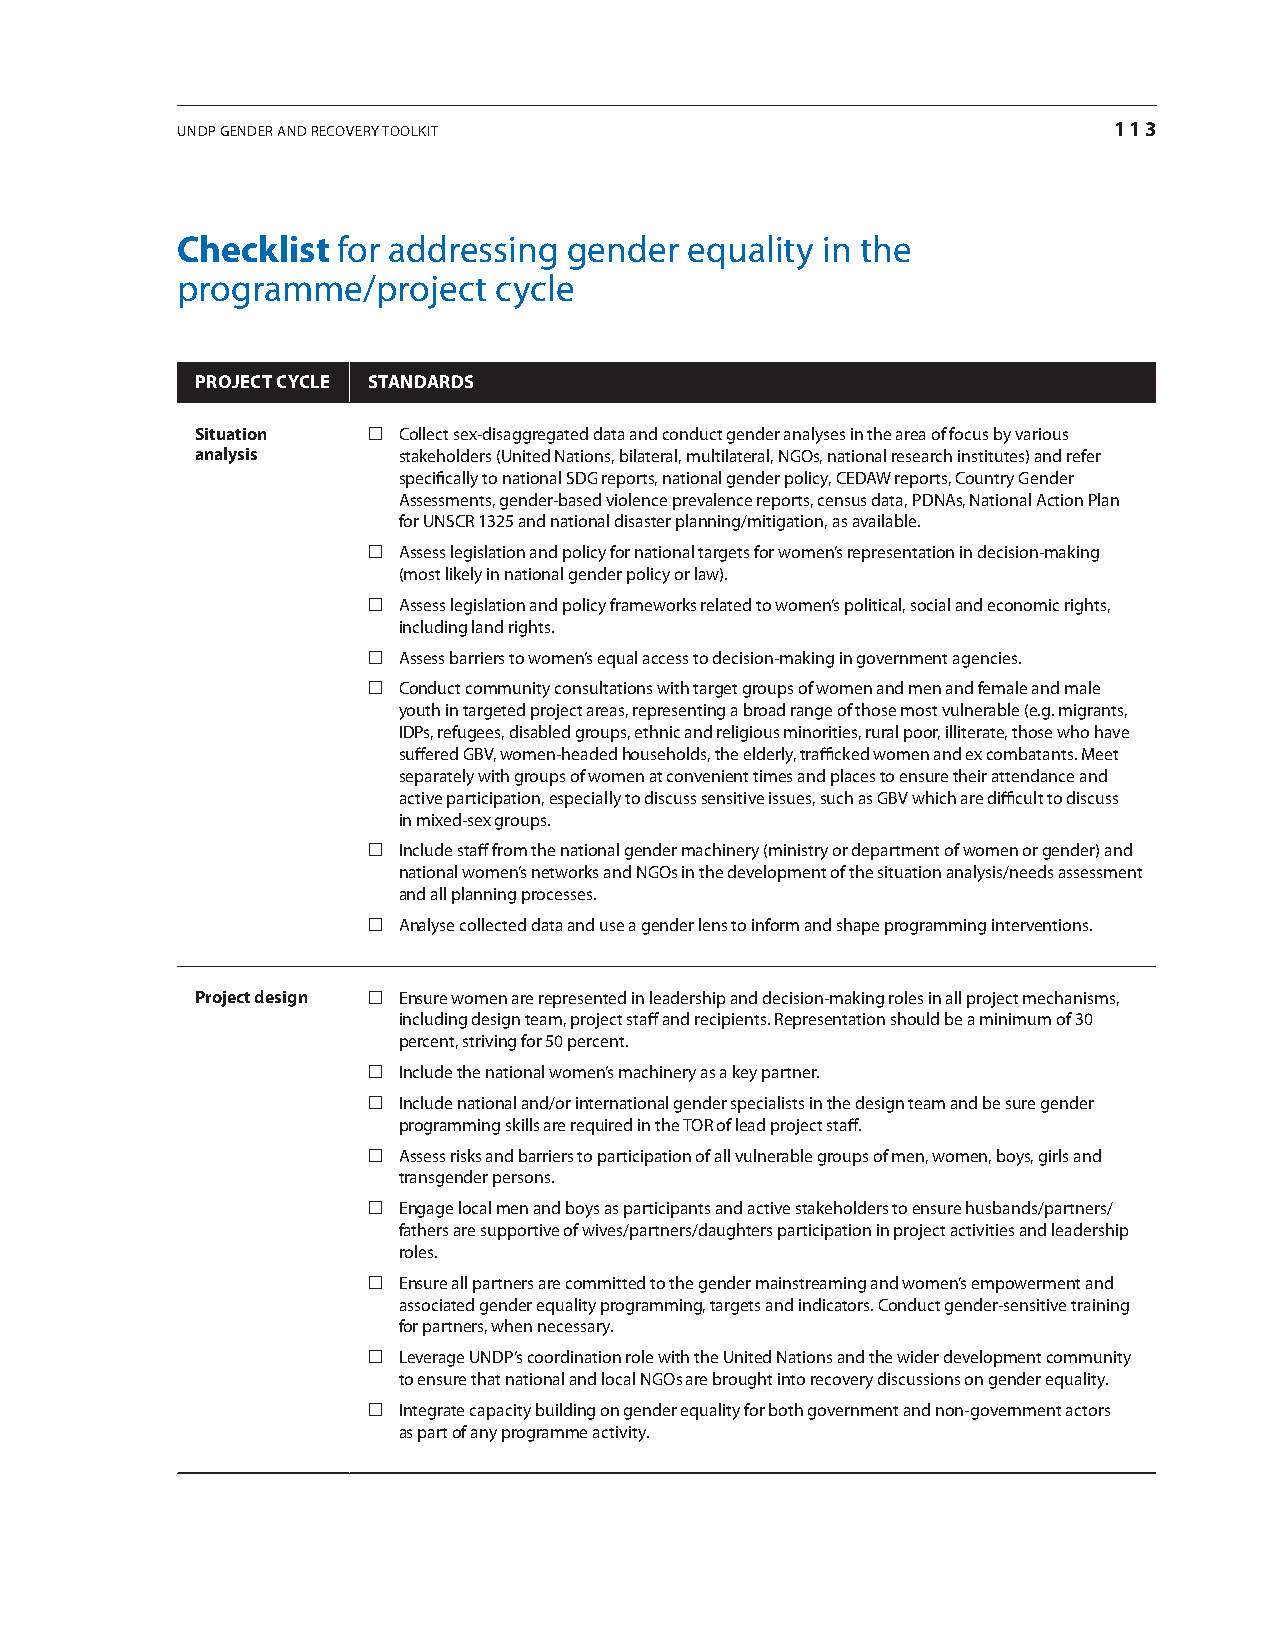
UNDP GeNDer aND recovery ToolkiT                              113
 Checklist for addressing  gender  equality in the
 programme/project    cycle
 projECt CyClE stANDArDs
 situation   collect sex-disaggregated data and conduct gender analyses in the area of focus by various
 analysis     stakeholders (United Nations, bilateral, multilateral, NGos, national research institutes) and refer
 specifically to national SDG reports, national gender policy, ceDaW reports, country Gender
 assessments, gender-based violence prevalence reports, census data, PDNas, National action Plan
 for UNScr 1325 and national disaster planning/mitigation, as available.
  assess legislation and policy for national targets for women’s representation in decision-making
 (most likely in national gender policy or law).
  assess legislation and policy frameworks related to women’s political, social and economic rights,
 including land rights.
  assess barriers to women’s equal access to decision-making in government agencies.
  conduct community consultations with target groups of women and men and female and male
 youth in targeted project areas, representing a broad range of those most vulnerable (e.g. migrants,
 iDPs, refugees, disabled groups, ethnic and religious minorities, rural poor, illiterate, those who have
 suffered GBV, women-headed households, the elderly, trafficked women and ex combatants. Meet
 separately with groups of women at convenient times and places to ensure their attendance and
 active participation, especially to discuss sensitive issues, such as GBV which are difficult to discuss
 in mixed-sex groups.
  include staff from the national gender machinery (ministry or department of women or gender) and
 national women’s networks and NGos in the development of the situation analysis/needs assessment
 and all planning processes.
  analyse collected data and use a gender lens to inform and shape programming interventions.
 project design  ensure women are represented in leadership and decision-making roles in all project mechanisms,
 including design team, project staff and recipients. representation should be a minimum of 30
 percent, striving for 50 percent.
  include the national women’s machinery as a key partner.
  include national and/or international gender specialists in the design team and be sure gender
 programming skills are required in the Tor of lead project staff.
  assess risks and barriers to participation of all vulnerable groups of men, women, boys, girls and
 transgender persons.
  engage local men and boys as participants and active stakeholders to ensure husbands/partners/
 fathers are supportive of wives/partners/daughters participation in project activities and leadership
 roles.
  ensure all partners are committed to the gender mainstreaming and women’s empowerment and
 associated gender equality programming, targets and indicators. conduct gender-sensitive training
 for partners, when necessary.
  leverage UNDP’s coordination role with the United Nations and the wider development community
 to ensure that national and local NGos are brought into recovery discussions on gender equality.
  integrate capacity building on gender equality for both government and non-government actors
 as part of any programme activity.